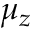
\mu _ { z }